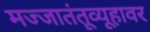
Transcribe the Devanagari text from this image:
मज्जातंतूव्यूहावर